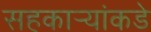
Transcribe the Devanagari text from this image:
सहकार्‍यांकडे